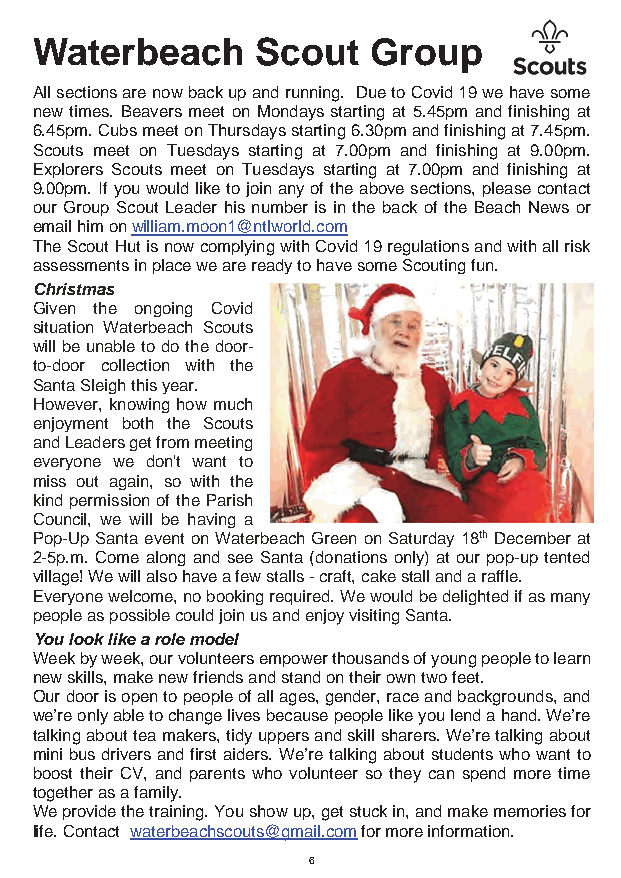
Waterbeach     Scout  Group
 All sections are now back up and running. Due to Covid 19 we have some
 new times. Beavers meet on Mondays starting at 5.45pm and finishing at
 6.45pm. Cubs meet on Thursdays starting 6.30pm and finishing at 7.45pm.
 Scouts meet on Tuesdays starting at 7.00pm and finishing at 9.00pm.
 Explorers Scouts meet on Tuesdays starting at 7.00pm and finishing at
 9.00pm. If you would like to join any of the above sections, please contact
 our Group Scout Leader his number is in the back of the Beach News or
 email him on william.moon1@ntlworld.com
 The Scout Hut is now complying with Covid 19 regulations and with all risk
 assessments in place we are ready to have some Scouting fun.
 Christmas
 Given the ongoing Covid
 situation Waterbeach Scouts
 will be unable to do the door-
 to-door collection with the
 Santa Sleigh this year.
 However, knowing how much
 enjoyment both the Scouts
 and Leaders get from meeting
 everyone we don't want to
 miss out again, so with the
 kind permission of the Parish
 Council, we will be having a
 Pop-Up Santa event on Waterbeach Green on Saturday 18th December at
 2-5p.m. Come along and see Santa (donations only) at our pop-up tented
 village! We will also have a few stalls - craft, cake stall and a raffle.
 Everyone welcome, no booking required. We would be delighted if as many
 people as possible could join us and enjoy visiting Santa.
 You look like a role model
 Week by week, our volunteers empower thousands of young people to learn
 new skills, make new friends and stand on their own two feet.
 Our door is open to people of all ages, gender, race and backgrounds, and
 we’re only able to change lives because people like you lend a hand. We’re
 talking about tea makers, tidy uppers and skill sharers. We’re talking about
 mini bus drivers and first aiders. We’re talking about students who want to
 boost their CV, and parents who volunteer so they can spend more time
 together as a family.
 We provide the training. You show up, get stuck in, and make memories for
 life. Contact waterbeachscouts@gmail.com for more information.
 6